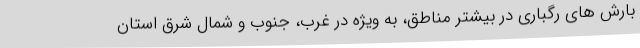
بارش های رگباری در بیشتر مناطق، به ویژه در غرب، جنوب و شمال شرق استان